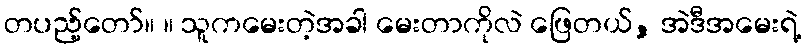
တပည့်တော်။ ။ သူကမေးတဲ့အခါ မေးတာကိုလဲ ဖြေတယ်, အဲဒီအမေးရဲ့